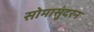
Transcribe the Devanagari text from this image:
सोमासुंदरन